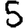
Digit: 5